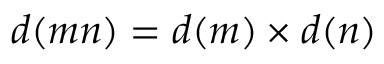
d ( m n ) = d ( m ) \times d ( n )